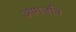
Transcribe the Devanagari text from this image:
आगजनि